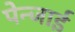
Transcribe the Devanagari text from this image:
पेन्जाई